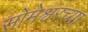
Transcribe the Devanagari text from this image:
सोमेश्वरच्या